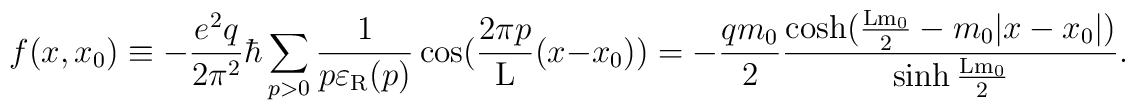
f(x,x_0) \equiv - \frac{e^2q}{2{\pi}^2} \hbar \sum_{p>0}\frac{1}{p\varepsilon_{\rm R}(p)} \cos(\frac{2\pi p}{\rm L}(x-x_0)) =- \frac{qm_0}{2} \frac{\cosh(\frac{\rm L m_0}{2} - m_0|x-x_0|)}{\sinh{\frac{\rm L m_0}{2}}}.